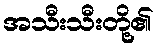
အသီးသီးတို့၏